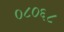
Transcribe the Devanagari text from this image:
०८०६८